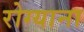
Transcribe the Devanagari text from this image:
रोग्याना